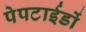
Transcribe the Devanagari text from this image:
पेपटाईडों